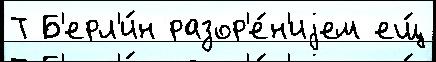
Т Б'ерл'и́н разор'е́н'иjем ещ́